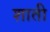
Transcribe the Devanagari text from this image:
शाती